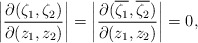
\begin{align*}\left|\frac{\partial(\zeta_1,\zeta_2)}{\partial(z_1,z_2)}\right|=\left|\frac{\partial(\overline{\zeta_1},\overline{\zeta_2})}{\partial(z_1,z_2)}\right|=0,\end{align*}